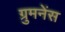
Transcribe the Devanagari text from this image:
ग्रुमनेंस